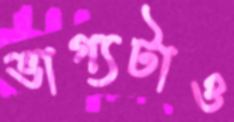
ভাগ্যটাও